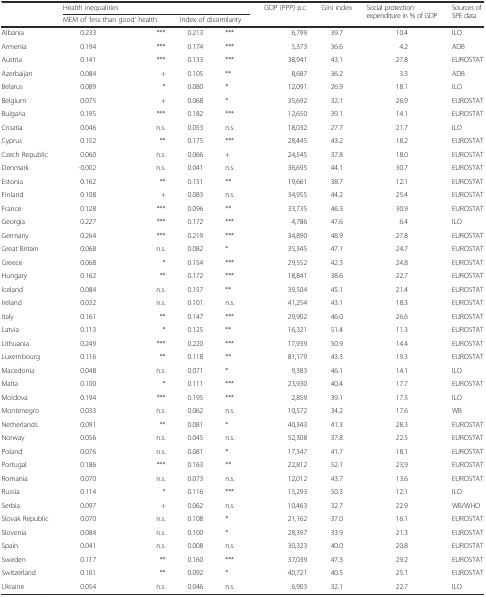
<table><thead><tr><td></td><td colspan="4"><b>Health inequalities</b></td><td rowspan="2"><b>GDP (PPP) p.c.</b></td><td rowspan="2"><b>Gini index</b></td><td rowspan="2"><b>Social protection expenditure in % of GDP</b></td><td rowspan="2"><b>Sources of SPE data</b></td></tr><tr><td></td><td colspan="2"><b>MEM of &#x27;less than good&#x27; health</b></td><td colspan="2"><b>Index of dissimilarity</b></td></tr></thead><tbody><tr><td>Albania</td><td>0.233</td><td>***</td><td>0.213</td><td>***</td><td>6,799</td><td>39.7</td><td>10.4</td><td>ILO</td></tr><tr><td>Armenia</td><td>0.194</td><td>***</td><td>0.174</td><td>***</td><td>5,373</td><td>36.6</td><td>4.2</td><td>ADB</td></tr><tr><td>Austria</td><td>0.141</td><td>***</td><td>0.133</td><td>***</td><td>38,941</td><td>43.1</td><td>27.8</td><td>EUROSTAT</td></tr><tr><td>Azerbaijan</td><td>0.084</td><td>+</td><td>0.105</td><td>**</td><td>8,687</td><td>36.2</td><td>3.3</td><td>ADB</td></tr><tr><td>Belarus</td><td>0.089</td><td>*</td><td>0.080</td><td>*</td><td>12,091</td><td>26.9</td><td>18.1</td><td>ILO</td></tr><tr><td>Belgium</td><td>0.075</td><td>+</td><td>0.068</td><td>*</td><td>35,692</td><td>32.1</td><td>26.9</td><td>EUROSTAT</td></tr><tr><td>Bulgaria</td><td>0.195</td><td>***</td><td>0.182</td><td>***</td><td>12,650</td><td>39.1</td><td>14.1</td><td>EUROSTAT</td></tr><tr><td>Croatia</td><td>0.046</td><td>n.s.</td><td>0.053</td><td>n.s.</td><td>18,032</td><td>27.7</td><td>21.7</td><td>ILO</td></tr><tr><td>Cyprus</td><td>0.152</td><td>**</td><td>0.175</td><td>***</td><td>28,445</td><td>43.2</td><td>18.2</td><td>EUROSTAT</td></tr><tr><td>Czech Republic</td><td>0.060</td><td>n.s.</td><td>0.066</td><td>+</td><td>24,545</td><td>37.8</td><td>18.0</td><td>EUROSTAT</td></tr><tr><td>Denmark</td><td>-0.002</td><td>n.s.</td><td>0.041</td><td>n.s.</td><td>36,695</td><td>44.1</td><td>30.7</td><td>EUROSTAT</td></tr><tr><td>Estonia</td><td>0.162</td><td>**</td><td>0.151</td><td>**</td><td>19,661</td><td>38.7</td><td>12.1</td><td>EUROSTAT</td></tr><tr><td>Finland</td><td>0.108</td><td>+</td><td>0.083</td><td>n.s.</td><td>34,955</td><td>44.2</td><td>25.4</td><td>EUROSTAT</td></tr><tr><td>France</td><td>0.128</td><td>***</td><td>0.096</td><td>**</td><td>33,735</td><td>46.3</td><td>30.9</td><td>EUROSTAT</td></tr><tr><td>Georgia</td><td>0.227</td><td>***</td><td>0.172</td><td>***</td><td>4,786</td><td>47.6</td><td>6.4</td><td>ILO</td></tr><tr><td>Germany</td><td>0.264</td><td>***</td><td>0.219</td><td>***</td><td>34,890</td><td>48.9</td><td>27.8</td><td>EUROSTAT</td></tr><tr><td>Great Britain</td><td>0.068</td><td>n.s.</td><td>0.082</td><td>*</td><td>35,345</td><td>47.1</td><td>24.7</td><td>EUROSTAT</td></tr><tr><td>Greece</td><td>0.068</td><td>*</td><td>0.154</td><td>***</td><td>29,552</td><td>42.3</td><td>24.8</td><td>EUROSTAT</td></tr><tr><td>Hungary</td><td>0.162</td><td>**</td><td>0.172</td><td>***</td><td>18,841</td><td>38.6</td><td>22.7</td><td>EUROSTAT</td></tr><tr><td>Iceland</td><td>0.084</td><td>n.s.</td><td>0.157</td><td>**</td><td>39,504</td><td>45.1</td><td>21.4</td><td>EUROSTAT</td></tr><tr><td>Ireland</td><td>0.032</td><td>n.s.</td><td>0.101</td><td>n.s.</td><td>41,254</td><td>43.1</td><td>18.3</td><td>EUROSTAT</td></tr><tr><td>Italy</td><td>0.161</td><td>**</td><td>0.147</td><td>***</td><td>29,902</td><td>46.0</td><td>26.6</td><td>EUROSTAT</td></tr><tr><td>Latvia</td><td>0.113</td><td>*</td><td>0.125</td><td>**</td><td>16,321</td><td>51.4</td><td>11.3</td><td>EUROSTAT</td></tr><tr><td>Lithuania</td><td>0.249</td><td>***</td><td>0.220</td><td>***</td><td>17,939</td><td>50.9</td><td>14.4</td><td>EUROSTAT</td></tr><tr><td>Luxembourg</td><td>0.116</td><td>**</td><td>0.118</td><td>**</td><td>81,179</td><td>43.3</td><td>19.3</td><td>EUROSTAT</td></tr><tr><td>Macedonia</td><td>0.048</td><td>n.s.</td><td>0.071</td><td>*</td><td>9,383</td><td>46.1</td><td>14.1</td><td>ILO</td></tr><tr><td>Malta</td><td>0.100</td><td>*</td><td>0.111</td><td>***</td><td>23,930</td><td>40.4</td><td>17.7</td><td>EUROSTAT</td></tr><tr><td>Moldova</td><td>0.194</td><td>***</td><td>0.195</td><td>***</td><td>2,859</td><td>39.1</td><td>17.5</td><td>ILO</td></tr><tr><td>Montenegro</td><td>0.033</td><td>n.s.</td><td>0.062</td><td>n.s.</td><td>10,572</td><td>34.2</td><td>17.6</td><td>WB</td></tr><tr><td>Netherlands</td><td>0.091</td><td>**</td><td>0.081</td><td>*</td><td>40,343</td><td>41.3</td><td>28.3</td><td>EUROSTAT</td></tr><tr><td>Norway</td><td>0.056</td><td>n.s.</td><td>0.045</td><td>n.s.</td><td>52,308</td><td>37.8</td><td>22.5</td><td>EUROSTAT</td></tr><tr><td>Poland</td><td>0.076</td><td>n.s.</td><td>0.081</td><td>*</td><td>17,347</td><td>41.7</td><td>18.1</td><td>EUROSTAT</td></tr><tr><td>Portugal</td><td>0.186</td><td>***</td><td>0.163</td><td>**</td><td>22,812</td><td>52.1</td><td>23.9</td><td>EUROSTAT</td></tr><tr><td>Romania</td><td>0.070</td><td>n.s.</td><td>0.073</td><td>n.s.</td><td>12,012</td><td>43.7</td><td>13.6</td><td>EUROSTAT</td></tr><tr><td>Russia</td><td>0.114</td><td>*</td><td>0.116</td><td>***</td><td>15,293</td><td>50.3</td><td>12.1</td><td>ILO</td></tr><tr><td>Serbia</td><td>0.097</td><td>+</td><td>0.062</td><td>n.s.</td><td>10,463</td><td>32.7</td><td>22.9</td><td>WB/WHO</td></tr><tr><td>Slovak Republic</td><td>0.070</td><td>n.s.</td><td>0.108</td><td>*</td><td>21,162</td><td>37.0</td><td>16.1</td><td>EUROSTAT</td></tr><tr><td>Slovenia</td><td>0.084</td><td>n.s.</td><td>0.100</td><td>*</td><td>28,397</td><td>33.9</td><td>21.3</td><td>EUROSTAT</td></tr><tr><td>Spain</td><td>0.041</td><td>n.s.</td><td>0.008</td><td>n.s.</td><td>30,323</td><td>40.0</td><td>20.8</td><td>EUROSTAT</td></tr><tr><td>Sweden</td><td>0.117</td><td>**</td><td>0.160</td><td>***</td><td>37,039</td><td>47.3</td><td>29.2</td><td>EUROSTAT</td></tr><tr><td>Switzerland</td><td>0.101</td><td>**</td><td>0.092</td><td>*</td><td>40,721</td><td>40.5</td><td>25.1</td><td>EUROSTAT</td></tr><tr><td>Ukraine</td><td>0.054</td><td>n.s.</td><td>0.046</td><td>n.s.</td><td>6,903</td><td>32.1</td><td>22.7</td><td>ILO</td></tr></tbody></table>